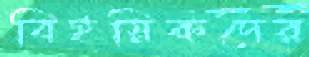
বিইয়িকদের